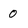
Character: 0